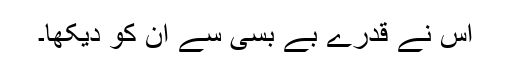
اس نے قدرے بے بسی سے ان کو دیکھا۔